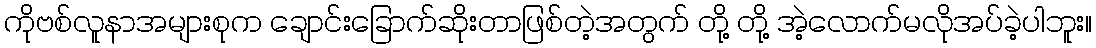
ကိုဗစ်လူနာအများစုက ချောင်းခြောက်ဆိုးတာဖြစ်တဲ့အတွက် တို့ တို့ အဲ့လောက်မလိုအပ်ခဲ့ပါဘူး။